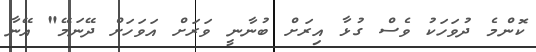
ކޮންމެ ދުވަހަކު ވެސް ގުޅާ އިރަށް ބުނާނީ ވަރަށް އަވަހަށް ދޭނަމޭ" އޭނާ